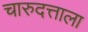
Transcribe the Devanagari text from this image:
चारुदत्ताला